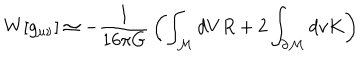
W [ g _ { \mu \nu } ] \simeq - { \frac { 1 } { 1 6 \pi G } } \left( \int _ { \cal M } d V R + 2 \int _ { \partial { \cal M } } d v K \right)